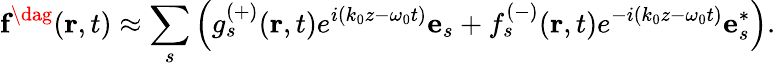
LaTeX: \textbf{f}^{\dag}\! \left(\textbf{r},t\right)\approx\sum_{s}\left(g_{s}^{(+)}(\textbf{r},t)e^{i(k_{0}z-\omega_{0}t)}{\textbf{e}}_{s}+f_{s}^{(-)}(\textbf{r},t)e^{-i(k_{0}z-\omega_{0}t)}{\textbf{e}}_{s}^{*}\right).